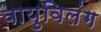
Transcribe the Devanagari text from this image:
वायुविलंग